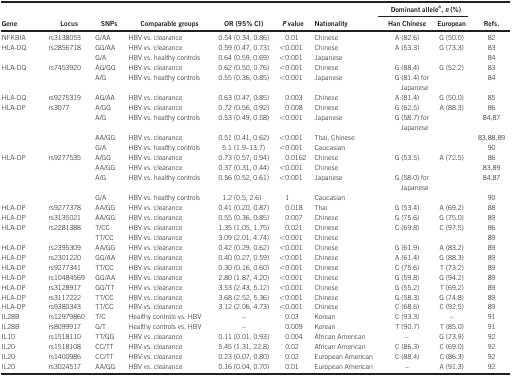
<table><thead><tr><td><b> </b></td><td><b> </b></td><td><b> </b></td><td><b> </b></td><td><b> </b></td><td><b> </b></td><td><b> </b></td><td colspan="2"><b>Dominant allelea, <i>n</i> (%)</b></td><td><b> </b></td></tr><tr><td><b>Gene</b></td><td><b>Locus</b></td><td><b>SNPs</b></td><td><b>Comparable groups</b></td><td><b>OR (95% CI)</b></td><td><b><i>P</i> value</b></td><td><b>Nationality</b></td><td><b>Han Chinese</b></td><td><b>European</b></td><td><b>Refs.</b></td></tr></thead><tbody><tr><td>NFKBIA</td><td>rs3138053</td><td>G/AA</td><td>HBV vs. clearance</td><td>0.54 (0.34, 0.86)</td><td>0.01</td><td>Chinese</td><td>A (82.6)</td><td>G (50.0)</td><td><sup>82</sup></td></tr><tr><td>HLA-DQ</td><td>rs2856718</td><td>GG/AA</td><td>HBV vs. clearance</td><td>0.59 (0.47, 0.73)</td><td>&lt;0.001</td><td>Chinese</td><td>A (53.3)</td><td>G (73.3)</td><td><sup>83</sup></td></tr><tr><td> </td><td> </td><td>G/A</td><td>HBV vs. healthy controls</td><td>0.64 (0.59, 0.69)</td><td>&lt;0.001</td><td>Japanese</td><td> </td><td> </td><td><sup>84</sup></td></tr><tr><td>HLA-DQ</td><td>rs7453920</td><td>AG/GG</td><td>HBV vs. clearance</td><td>0.62 (0.50, 0.76)</td><td>&lt;0.001</td><td>Chinese</td><td>G (88.4)</td><td>G (52.2)</td><td><sup>83</sup></td></tr><tr><td> </td><td> </td><td>A/G</td><td>HBV vs. healthy controls</td><td>0.55 (0.36, 0.85)</td><td>&lt;0.001</td><td>Japanese</td><td>G (81.4) for Japanese</td><td> </td><td><sup>84</sup></td></tr><tr><td>HLA-DQ</td><td>rs9275319</td><td>AG/AA</td><td>HBV vs. clearance</td><td>0.63 (0.47, 0.85)</td><td>0.003</td><td>Chinese</td><td>A (81.4)</td><td>G (50.0)</td><td><sup>85</sup></td></tr><tr><td>HLA-DP</td><td>rs3077</td><td>A/GG</td><td>HBV vs. clearance</td><td>0.72 (0.56, 0.92)</td><td>0.008</td><td>Chinese</td><td>G (62.5)</td><td>A (88.3)</td><td><sup>86</sup></td></tr><tr><td> </td><td> </td><td>A/G</td><td>HBV vs. healthy controls</td><td>0.53 (0.49, 0.58)</td><td>&lt;0.001</td><td>Japanese</td><td>G (58.7) for Japanese</td><td> </td><td><sup>84,87</sup></td></tr><tr><td> </td><td> </td><td>AA/GG</td><td>HBV vs. clearance</td><td>0.51 (0.41, 0.62)</td><td>&lt;0.001</td><td>Thai, Chinese</td><td> </td><td> </td><td><sup>83,88,89</sup></td></tr><tr><td> </td><td> </td><td>G/A</td><td>HBV vs. healthy controls</td><td>5.1 (1.9–13.7)</td><td>&lt;0.001</td><td>Caucasian</td><td> </td><td> </td><td><sup>90</sup></td></tr><tr><td>HLA-DP</td><td>rs9277535</td><td>A/GG</td><td>HBV vs. clearance</td><td>0.73 (0.57, 0.94)</td><td>0.0162</td><td>Chinese</td><td>G (53.5)</td><td>A (72.5)</td><td><sup>86</sup></td></tr><tr><td> </td><td> </td><td>AA/GG</td><td>HBV vs. clearance</td><td>0.37 (0.31, 0.44)</td><td>&lt;0.001</td><td>Chinese</td><td> </td><td> </td><td><sup>83,89</sup></td></tr><tr><td> </td><td> </td><td>A/G</td><td>HBV vs. healthy controls</td><td>0.56 (0.52, 0.61)</td><td>&lt;0.001</td><td>Japanese</td><td>G (58.0) for Japanese</td><td> </td><td><sup>84,87</sup></td></tr><tr><td> </td><td> </td><td>G/A</td><td>HBV vs. healthy controls</td><td>1.2 (0.5, 2.6)</td><td>1</td><td>Caucasian</td><td> </td><td> </td><td><sup>90</sup></td></tr><tr><td>HLA-DP</td><td>rs9277378</td><td>AA/GG</td><td>HBV vs. clearance</td><td>0.41 (0.20, 0.87)</td><td>0.018</td><td>Thai</td><td>G (53.4)</td><td>A (69.2)</td><td><sup>88</sup></td></tr><tr><td>HLA-DP</td><td>rs3135021</td><td>AA/GG</td><td>HBV vs. clearance</td><td>0.55 (0.36, 0.85)</td><td>0.007</td><td>Chinese</td><td>G (75.6)</td><td>G (75.0)</td><td><sup>89</sup></td></tr><tr><td>HLA-DP</td><td>rs2281388</td><td>T/CC</td><td>HBV vs. clearance</td><td>1.35 (1.05, 1.75)</td><td>0.021</td><td>Chinese</td><td>C (69.8)</td><td>C (97.5)</td><td><sup>86</sup></td></tr><tr><td> </td><td> </td><td>TT/CC</td><td>HBV vs. clearance</td><td>3.09 (2.01, 4.74)</td><td>&lt;0.001</td><td>Chinese</td><td> </td><td> </td><td><sup>89</sup></td></tr><tr><td>HLA-DP</td><td>rs2395309</td><td>AA/GG</td><td>HBV vs. clearance</td><td>0.42 (0.29, 0.62)</td><td>&lt;0.001</td><td>Chinese</td><td>G (61.9)</td><td>A (83.2)</td><td><sup>89</sup></td></tr><tr><td>HLA-DP</td><td>rs2301220</td><td>GG/AA</td><td>HBV vs. clearance</td><td>0.40 (0.27, 0.59)</td><td>&lt;0.001</td><td>Chinese</td><td>A (61.4)</td><td>G (88.3)</td><td><sup>89</sup></td></tr><tr><td>HLA-DP</td><td>rs9277341</td><td>TT/CC</td><td>HBV vs. clearance</td><td>0.30 (0.16, 0.60)</td><td>&lt;0.001</td><td>Chinese</td><td>C (75.6)</td><td>T (73.2)</td><td><sup>89</sup></td></tr><tr><td>HLA-DP</td><td>rs10484569</td><td>GG/AA</td><td>HBV vs. clearance</td><td>2.80 (1.87, 4.20)</td><td>&lt;0.001</td><td>Chinese</td><td>G (59.8)</td><td>G (94.2)</td><td><sup>89</sup></td></tr><tr><td>HLA-DP</td><td>rs3128917</td><td>GG/TT</td><td>HBV vs. clearance</td><td>3.53 (2.43, 5.12)</td><td>&lt;0.001</td><td>Chinese</td><td>G (55.2)</td><td>T (69.2)</td><td><sup>89</sup></td></tr><tr><td>HLA-DP</td><td>rs3117222</td><td>TT/CC</td><td>HBV vs. clearance</td><td>3.68 (2.52, 5.36)</td><td>&lt;0.001</td><td>Chinese</td><td>G (58.3)</td><td>G (74.8)</td><td><sup>89</sup></td></tr><tr><td>HLA-DP</td><td>rs9380343</td><td>TT/CC</td><td>HBV vs. clearance</td><td>3.12 (2.06, 4.73)</td><td>&lt;0.001</td><td>Chinese</td><td>C (68.6)</td><td>C (92.5)</td><td><sup>89</sup></td></tr><tr><td>IL28B</td><td>rs12979860</td><td>T/C</td><td>Healthy controls vs. HBV</td><td>–</td><td>0.03</td><td>Korean</td><td>C (93.3)</td><td>–</td><td><sup>91</sup></td></tr><tr><td>IL28B</td><td>rs8099917</td><td>G/T</td><td>Healthy controls vs. HBV</td><td>–</td><td>0.009</td><td>Korean</td><td>T (90.7)</td><td>T (85.0)</td><td><sup>91</sup></td></tr><tr><td>IL10</td><td>rs1518110</td><td>TT/GG</td><td>HBV vs. clearance</td><td>0.11 (0.01, 0.93)</td><td>0.004</td><td>African American</td><td>–</td><td>G (73.9)</td><td><sup>92</sup></td></tr><tr><td>IL20</td><td>rs1518108</td><td>CC/TT</td><td>HBV vs. clearance</td><td>5.45 (1.31, 22.8)</td><td>0.02</td><td>African American</td><td>C (86.3)</td><td>C (69.0)</td><td><sup>92</sup></td></tr><tr><td>IL20</td><td>rs1400986</td><td>CC/TT</td><td>HBV vs. clearance</td><td>0.23 (0.07, 0.80)</td><td>0.02</td><td>European American</td><td>C (88.4)</td><td>C (86.3)</td><td><sup>92</sup></td></tr><tr><td>IL20</td><td>rs3024517</td><td>AA/GG</td><td>HBV vs. clearance</td><td>0.16 (0.04, 0.70)</td><td>0.01</td><td>European American</td><td>–</td><td>A (91.3)</td><td><sup>92</sup></td></tr></tbody></table>